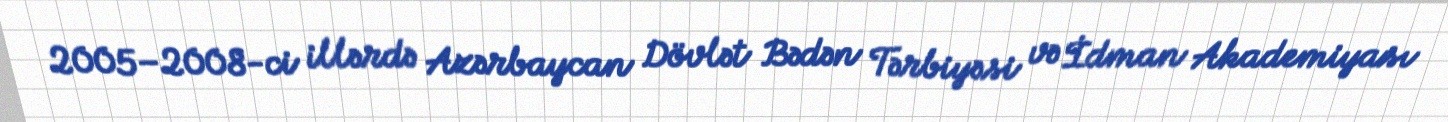
2005–2008-ci illərdə Azərbaycan Dövlət Bədən Tərbiyəsi və İdman Akademiyası